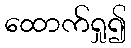
ထောက်ရှု၍